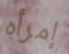
إمرأه